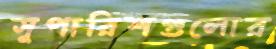
সুপারিশগুলোর